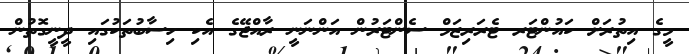
މީގެ އިތުރަށް ކައުންޓަރ ޓެރަރިޒަމް ސެންޓަރުން އަންނަނީ ރާއްޖޭގެ އެކި ހިސާބުތަކުގައި ދީނީގޮތުން